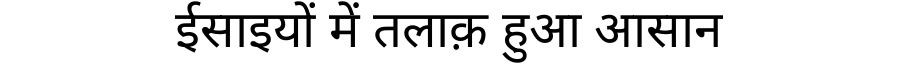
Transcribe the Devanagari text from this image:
ईसाइयों में तलाक़ हुआ आसान